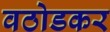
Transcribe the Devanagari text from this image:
वठोडकर